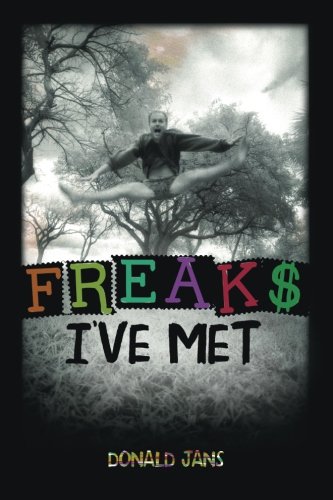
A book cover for Freaks I've Met; Donald Jans; Business & Money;